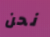
نحن